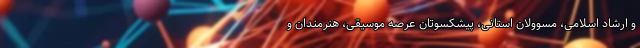
و ارشاد اسلامی، مسوولان استانی، پیشکسوتان عرصه موسیقی، هنرمندان و